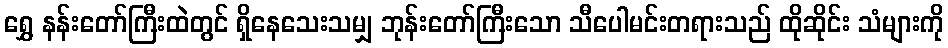
ရွှေ နန်းတော်ကြီးထဲတွင် ရှိနေသေးသမျှ ဘုန်းတော်ကြီးသော သီပေါမင်းတရားသည် ထိုဆိုင်း သံများကို